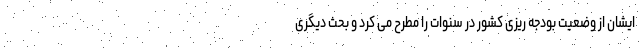
ایشان از وضعیت بودجه ریزی کشور در سنوات را مطرح می کرد و بحث دیگری